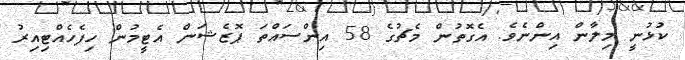
ކުޅުނީ މިލާން އިންނެވެ. އެގޮތުން މެޗުގެ 58 އިންސައްތަ ޕޮޒެޝަން އެޓީމުން ހިފެހެއްޓިއިރު